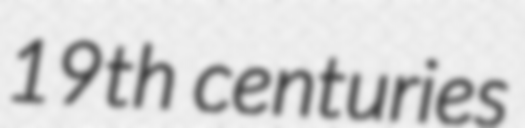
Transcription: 19th centuries